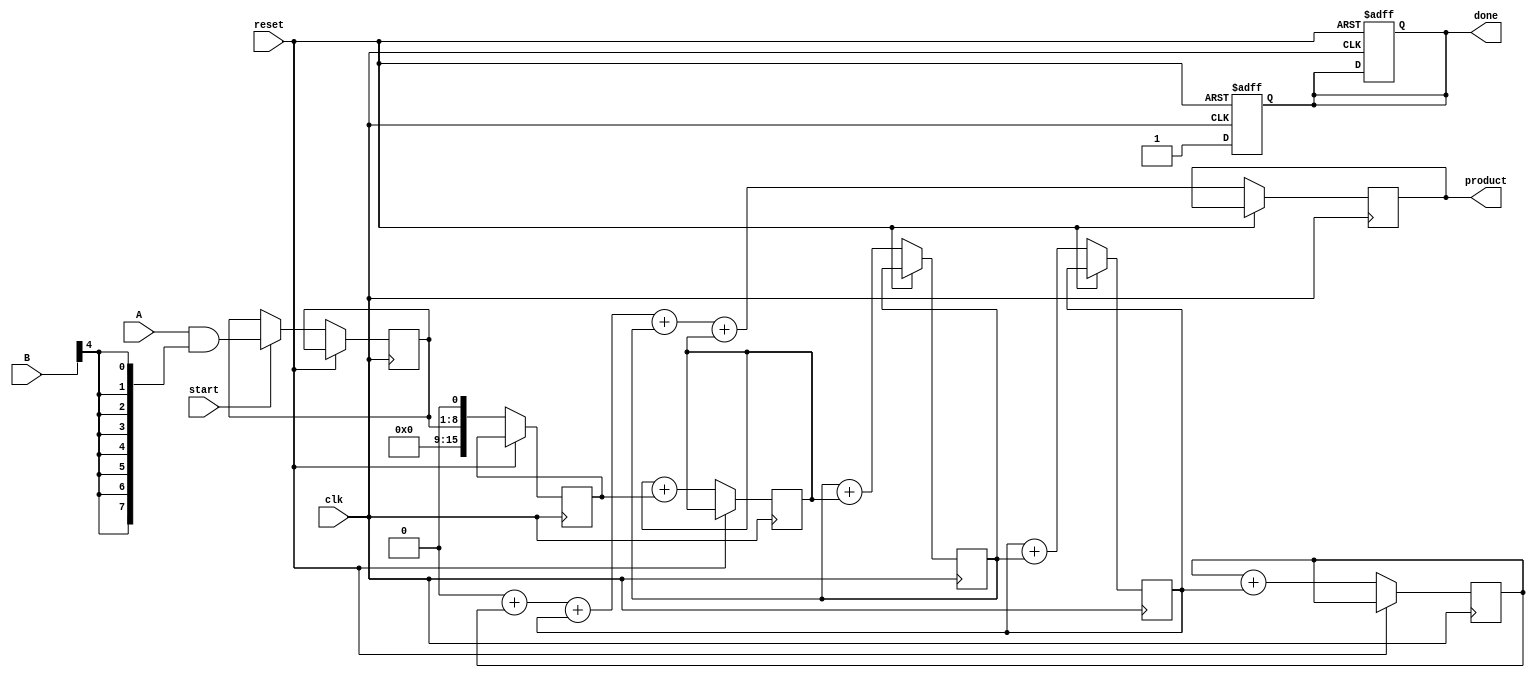
module PipelinedWallaceTreeMultiplier #(
    parameter N = 8 // Bit width of inputs A and B
)(
    input clk,
    input reset,
    input [N-1:0] A,
    input [N-1:0] B,
    input start,
    output reg [2*N-1:0] product,
    output reg done
);

    // Internal signals
    reg [N-1:0] partial_products [0:N-1]; // Partial products
    reg [2*N-1:0] stage_out [0:N-1]; // Outputs of each stage
    reg [N-1:0] row_sum [0:N-1];
    reg [N-1:0] row_carry [0:N-1];
    reg [2*N-1:0] final_sum;
    reg [2*N-1:0] final_carry;
    
    integer i, j;

    // Partial product generation
    always @(posedge clk or posedge reset) begin
        if (reset) begin
            done <= 0;
        end else if (start) begin
            // Generate partial products
            for (i = 0; i < N; i = i + 1) begin
                partial_products[i] = A & {N{B[i]}};
            end
        end
    end

    // Wallace tree reduction
    always @(posedge clk or posedge reset) begin
        if (reset) begin
            done <= 0;
        end else begin
            // Initial stage input
            for (i = 0; i < N; i = i + 1) begin
                stage_out[i] <= {partial_products[i], 1'b0}; // Aligning the partial products
            end
            
            // Reduction stages
            for (j = 0; j < N-1; j = j + 1) begin
                for (i = 0; i < (N >> 1); i = i + 1) begin
                    // Half-adder and full-adder logic
                    if (i < (N-1)) begin
                        {row_carry[i], row_sum[i]} = stage_out[i] + stage_out[i + 1];
                        stage_out[i] <= {row_carry[i], row_sum[i]};
                    end
                end
            end
            
            // Final addition of last stage
            final_sum = 0;
            final_carry = 0;
            for (i = 0; i < (N >> 1); i = i + 1) begin
                final_sum = final_sum + stage_out[i];
            end

            product <= final_sum;
            done <= 1; // Indicate completion
        end
    end

endmodule